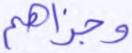
وجزاهم